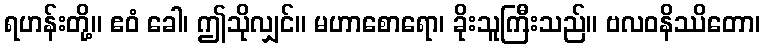
ရဟန်းတို့။ ဧဝံ ခေါ၊ ဤသိုလျှင်။ မဟာစောရော၊ ခိုးသူကြီးသည်။ ဗလဝနိဿိတော၊